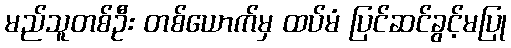
မည်သူတစ်ဦး တစ်ယောက်မှ ထပ်မံ ပြင်ဆင်ခွင့်မပြု